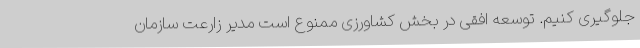
جلوگیری کنیم. توسعه افقی در بخش کشاورزی ممنوع است مدیر زارعت سازمان